Report on the bubonic plague in Bombay, 1896-1897
Year: 1896
Disease focus: Plague
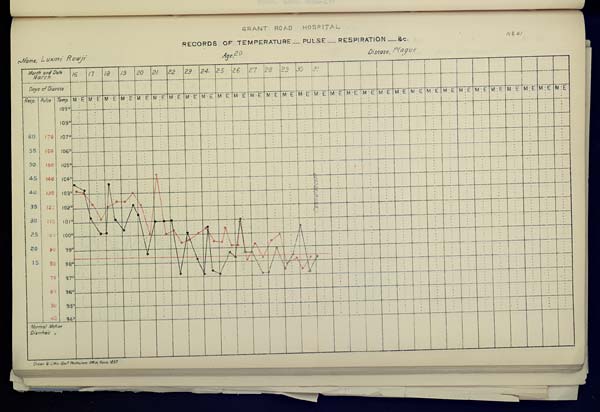
GRANT ROAD HOSPITAL
RECORDS OF TEMPERATURE __ PULSE __ RESPIRATION __ &c. No. 41
Name,
Luxmi
Rowji
Age,
20
Disease,
Plague
Drawn & Litho: Govt. Photozinco: Office, Poona 1897.